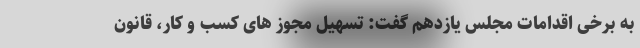
به برخی اقدامات مجلس یازدهم گفت: تسهیل مجوز های کسب و کار، قانون